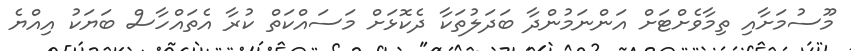
މޫސުމަށާއި ތިމާވެށްޓަށް އަންނަމުންދާ ބަދަލުތަކާ ދެކޮޅަށް މަސައްކަތް ކުރާ އެތައްހާސް ބަޔަކު އިއްޔެ